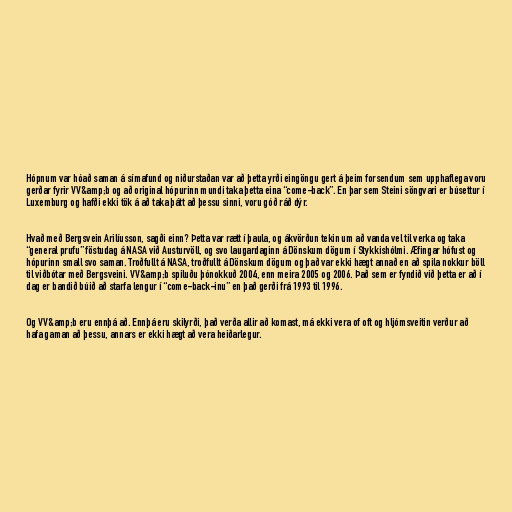
Hópnum var hóað saman á símafund og niðurstaðan var að þetta yrði eingöngu gert á þeim forsendum sem upphaflega voru
gerðar fyrir VV&amp;b og að original hópurinn mundi taka þetta eina “come-back”. En þar sem Steini söngvari er búsettur í
Luxemburg og hafði ekki tök á að taka þátt að þessu sinni, voru góð ráð dýr.

Hvað með Bergsvein Arilíusson, sagði einn? Þetta var rætt í þaula, og ákvörðun tekin um að vanda vel til verka og taka
“general prufu” föstudag á NASA við Austurvöll, og svo laugardaginn á Dönskum dögum í Stykkishólmi. Æfingar hófust og
hópurinn small svo saman. Troðfullt á NASA, troðfullt á Dönskum dögum og það var ekki hægt annað en að spila nokkur böll
til viðbótar með Bergsveini. VV&amp;b spiluðu þónokkuð 2004, enn meira 2005 og 2006. Það sem er fyndið við þetta er að í
dag er bandið búið að starfa lengur í “come-back-inu” en það gerði frá 1993 til 1996.

Og VV&amp;b eru ennþá að. Ennþá eru skilyrði, það verða allir að komast, má ekki vera of oft og hljómsveitin verður að
hafa gaman að þessu, annars er ekki hægt að vera heiðarlegur.